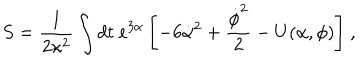
S = \frac { 1 } { 2 \kappa ^ { 2 } } \int { d t \ e ^ { 3 \alpha } \left[ - 6 \dot { \alpha } ^ { 2 } + \frac { \dot { \phi } ^ { 2 } } { 2 } - U ( \alpha , \phi ) \right] } \ ,